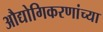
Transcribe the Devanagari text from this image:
औद्योगिकरणांच्या